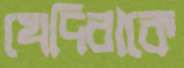
খেদিরাকে